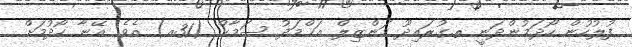
ފުލުހުން ހޯދަމުންދަނީ ތ.ގުރައިދޫ މަންޒިލް އަޙްމަދު ސަމާޙް (31އ) އެވެ. އޭނާ ހޯދުމަށް